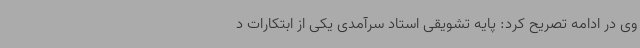
وی در ادامه تصریح کرد: پایه تشویقی استاد سرآمدی یکی از ابتکارات د